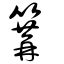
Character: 簼